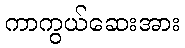
ကာကွယ်ဆေးအား